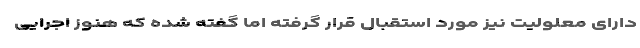
دارای معلولیت نیز مورد استقبال قرار گرفته اما گفته شده که هنوز اجرایی